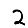
Digit: 2